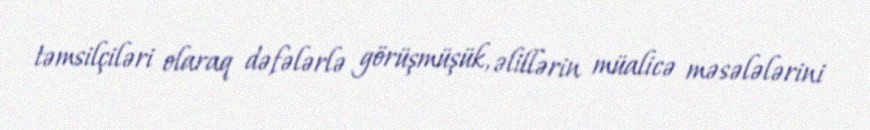
təmsilçiləri olaraq dəfələrlə görüşmüşük, əlillərin müalicə məsələlərini